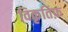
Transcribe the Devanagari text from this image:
विकृतिफ़